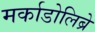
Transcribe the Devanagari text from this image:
मर्काडोलिब्रे